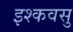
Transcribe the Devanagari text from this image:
इश्कवसु